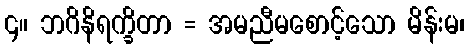
၄။ ဘဂိနိရက္ခိတာ = အမညီမစောင့်သော မိန်းမ၊